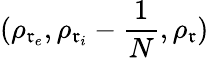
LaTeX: (\rho_{\mathfrak{r}_{e}},\rho_{\mathfrak{r}_{i}}-\frac{{1}}{{N}},\rho_{\mathfrak{r}})